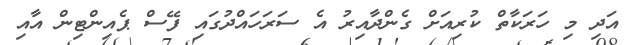
އަދި މި ހަރަކާތް ކުރިއަށް ގެންދާއިރު އެ ސަރަހައްދުގައި ފޭސް ޕެއިންޓިން އާއި